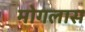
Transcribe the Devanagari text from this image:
मोगलास